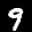
Label: 9